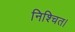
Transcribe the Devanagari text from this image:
निश्‍चित।